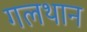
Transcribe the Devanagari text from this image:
गलथान